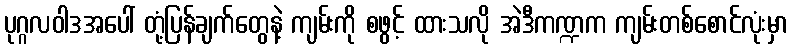
ပုဂ္ဂလဝါဒအပေါ် တုံ့ပြန်ချက်တွေနဲ့ ကျမ်းကို စဖွင့် ထားသလို အဲဒီကဏ္ဍက ကျမ်းတစ်စောင်လုံးမှာ